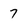
Character: 7